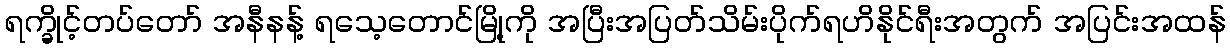
ရက္ခိုင့်တပ်တော် အနီနန့် ရသေ့တောင်မြို့ကို အပြီးအပြတ်သိမ်းပိုက်ရဟိနိုင်ရီးအတွက် အပြင်းအထန်